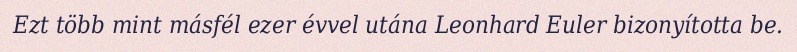
Ezt több mint másfél ezer évvel utána Leonhard Euler bizonyította be.